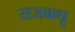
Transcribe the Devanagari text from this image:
राजकपू